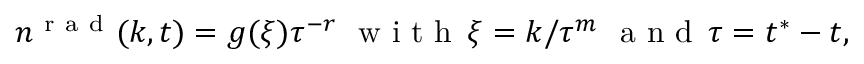
n ^ { \mathrm { ~ r ~ a ~ d ~ } } ( k , t ) = g ( \xi ) \tau ^ { - r } \, \, \mathrm { ~ w ~ i ~ t ~ h ~ } \, \xi = k / \tau ^ { m } \, \, \mathrm { ~ a ~ n ~ d ~ } \, \tau = t ^ { * } - t ,